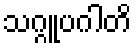
သဂ္ဂူပဂါတိ